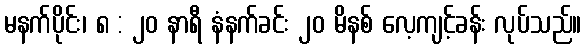
မနက်ပိုင်း၊ ၈ : ၂၀ နာရီ နံနက်ခင်း ၂၀ မိနစ် လေ့ကျင့်ခန်း လုပ်သည်။